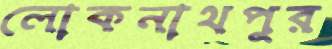
লোকনাথপুর